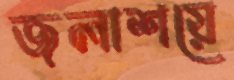
জলাশয়ে